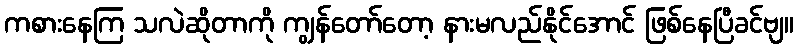
ကစားနေကြ သလဲဆိုတာကို ကျွန်တော်တော့ နားမလည်နိုင်အောင် ဖြစ်နေပြီခင်ဗျ။